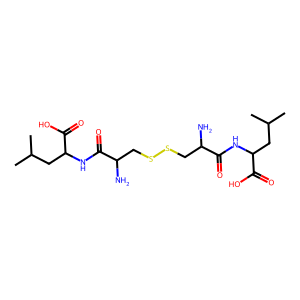
SMILES: CC(C)CC(NC(=O)C(N)CSSCC(N)C(=O)NC(CC(C)C)C(=O)O)C(=O)O
Inhibits HIV replication: No